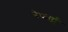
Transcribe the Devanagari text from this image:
डेफार्ट्स